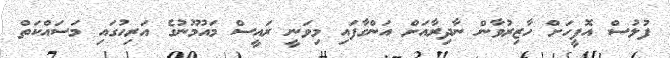
ފުލުސް އޮފީހަށް ހާޒިރުވާން ނާދިރާއަށް އަންގާފައި މިވަނީ ރައީސް މަައުމޫނުގެ އަރިހުގަައި މަސައްކަތް